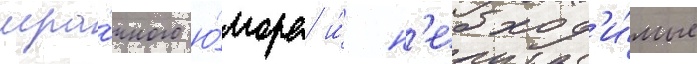
мра́чного ю́мора и́ н'еобход'и́мые